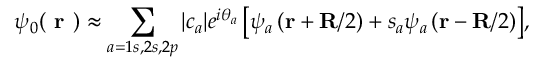
\psi _ { 0 } ( \textbf { r } ) \approx \sum _ { a = 1 s , 2 s , 2 p } { { | c _ { a } | } e ^ { i \theta _ { a } } \left[ { \psi _ { a } \left( { { \bf { r } } + { { { { \bf { R } } } } \mathord { \left/ { \vphantom { { { { \bf { R } } } } 2 } } \right. \kern - \nulldelimiterspace } 2 } } \right) + { s _ { a } } \psi _ { a } \left( { { \bf { r } } - { { { { \bf { R } } } } \mathord { \left/ { \vphantom { { { { \bf { R } } } } 2 } } \right. \kern - \nulldelimiterspace } 2 } } \right) } \right] } ,